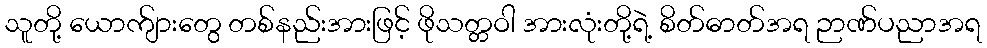
သူတို့ ယောက်ျားတွေ တစ်နည်းအားဖြင့် ဖိုသတ္တဝါ အားလုံးတို့ရဲ့ စိတ်ဓာတ်အရ ဉာဏ်ပညာအရ